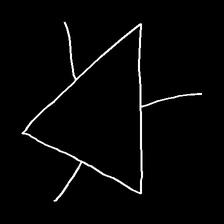
Glyph: fire